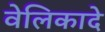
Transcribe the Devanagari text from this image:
वेलिकादे